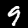
Label: 9